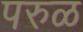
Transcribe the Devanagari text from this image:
परुळ